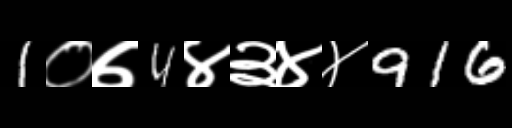
Text: 1०७4४३४४916